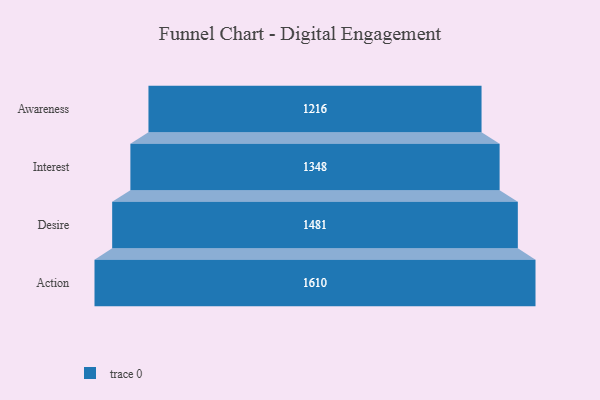
{"axis": {"x": "Stage", "y": "Value"}, "legend": [""], "data": [{"x": "Awareness", "y": 1216.0, "type": ""}, {"x": "Interest", "y": 1348.0, "type": ""}, {"x": "Desire", "y": 1481.0, "type": ""}, {"x": "Action", "y": 1610.0, "type": ""}]}